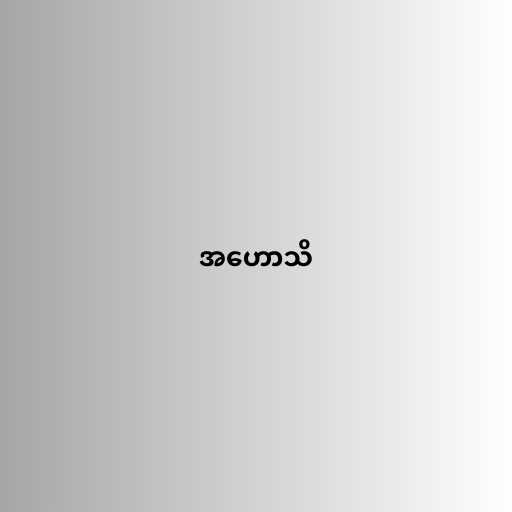
အဟောသိ